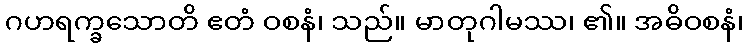
ဂဟရက္ခသောတိ ဧတံ ဝစနံ၊ သည်။ မာတုဂါမဿ၊ ၏။ အဓိဝစနံ၊